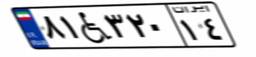
۵۱W۴۵۵۹۶